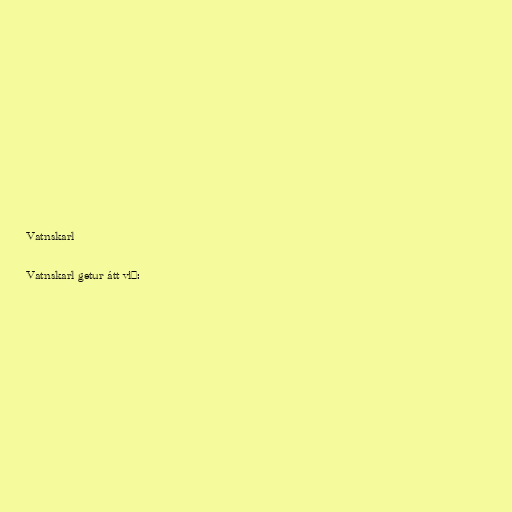
Vatnskarl

Vatnskarl getur átt við: